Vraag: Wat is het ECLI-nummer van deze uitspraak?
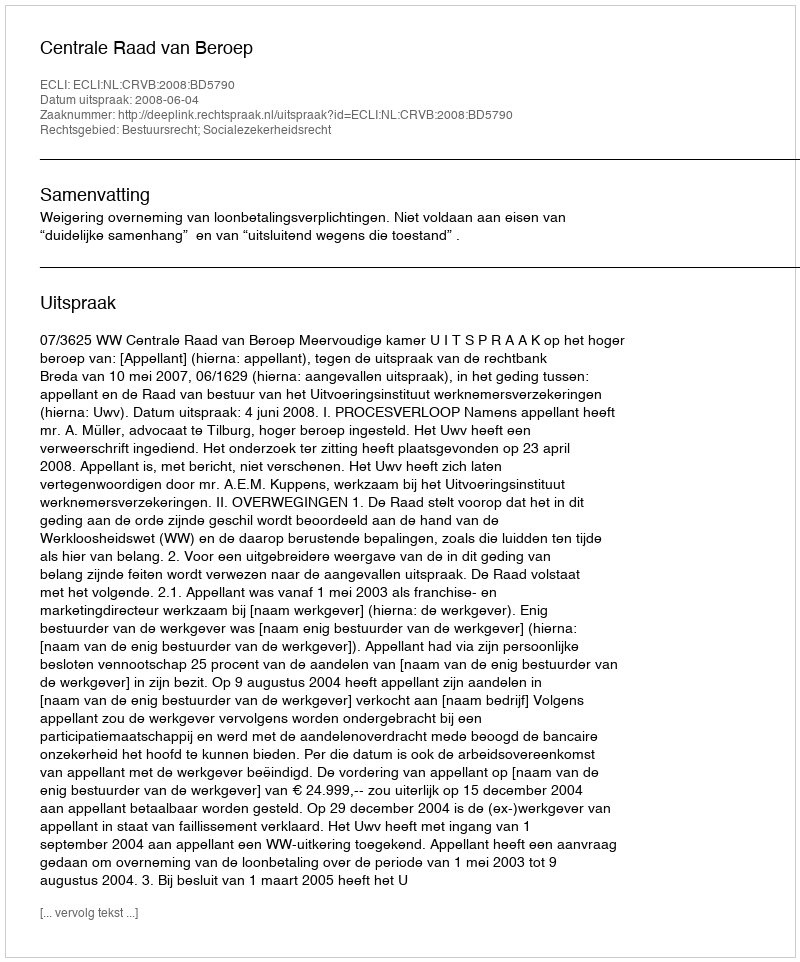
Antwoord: ECLI:NL:CRVB:2008:BD5790